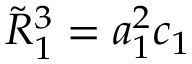
\tilde { R } _ { 1 } ^ { 3 } = a _ { 1 } ^ { 2 } c _ { 1 }